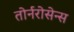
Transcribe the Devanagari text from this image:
तोर्नरोसेन्स